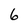
Character: 6